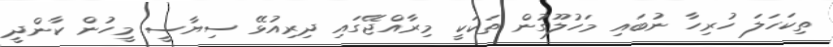
ތިކަހަލަ ހުރިހާ ނުބައި މަހުލޫގުން ތަކަކީ މިރާއްޖޭގައި ދިރިއުޅޭ ސިޔާސީ މީހުން ކާންދީ